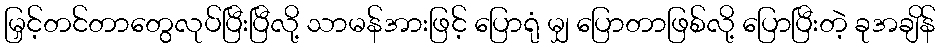
မြှင့်တင်တာတွေလုပ်ပြီးပြီလို့ သာမန်အားဖြင့် ပြောရုံ မျှ ပြောတာဖြစ်လို့ ပြောပြီးတဲ့ ခုအချိန်